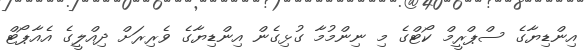
އިންޑިޔާގެ ސްޕްރީމް ކޯޓްގެ މި ނިންމުމާ ގުޅިގެން އިންޑިޔާގެ ވެރިރަށް ދިއްލީގެ އެއާޕޯޓް